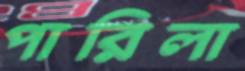
পারিলা